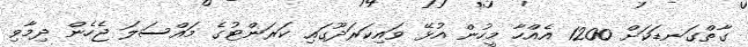
ގާތްގަނޑަކަށް 1200 އެއްހާ މީހުން އުޅޭ ވައިކަރަދޫގައި ކަރަންޓުގެ މައްސަލަ ޖެހެން ދިމާވި